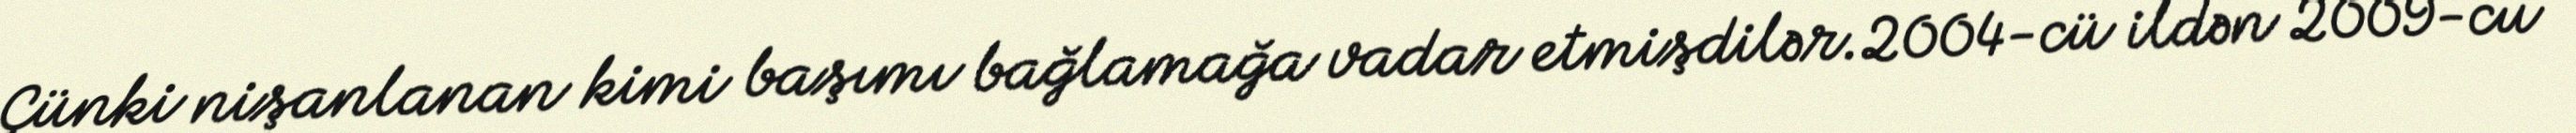
Çünki nişanlanan kimi başımı bağlamağa vadar etmişdilər.2004-cü ildən 2009-cu